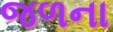
જળના